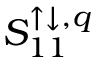
S _ { 1 1 } ^ { \uparrow \downarrow , q }